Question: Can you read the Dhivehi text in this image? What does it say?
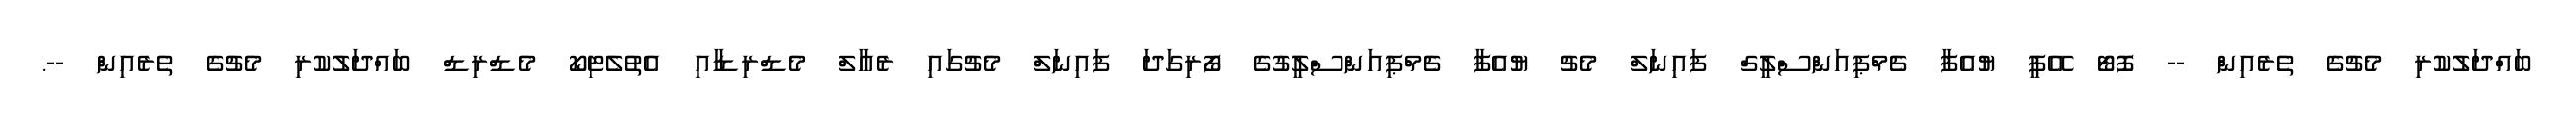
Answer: ބައްދަލުކުރި މެޗުގެ ތެރެއިން -- ފޮޓޯ އޭޕީ ޔުއެފާ ޗެމްޕިއަންސްލީގް ފައިނަލް މެޗު ޔުއެފާ ޗެމްޕިއަންސްލީގުގެ ފޯރިގަދަ ފައިނަލް މެޗުގައި ރެއާލް މެޑްރިޑާއި އެތުލެޓިކޯ މެޑްރިޑް ބައްދަލުކުރި މެޗުގެ ތެރެއިން --.